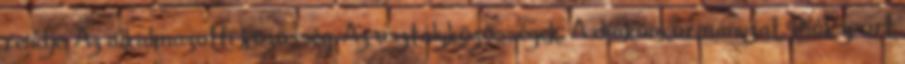
rendje. Az alkalmazotti közösség. Az osztályközösségek. A diákönkormányzat. Diáksport